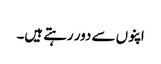
اپنوں سے دور رہتے ہیں۔